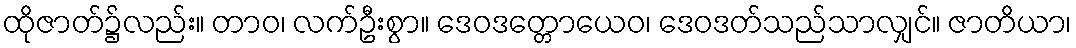
ထိုဇာတ်၌လည်း။ တာဝ၊ လက်ဦးစွာ။ ဒေဝဒတ္တောယေဝ၊ ဒေဝဒတ်သည်သာလျှင်။ ဇာတိယာ၊